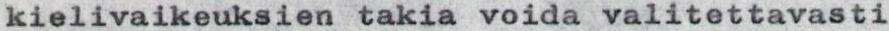
kielivaikeuksien takia voida valitettavasti